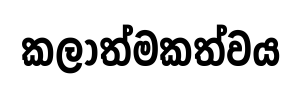
කලාත්මකත්වය